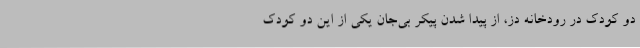
دو کودک در رودخانه دز، از پیدا شدن پیکر بی‌جان یکی از این دو کودک